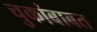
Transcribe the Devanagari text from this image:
चुकांबाबत